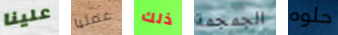
علينا عمليا ذلك الجمجمة حلوه